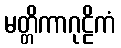
မတ္တိကာဂုဠိကံ